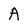
Character: A